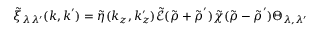
\tilde { \xi } _ { \lambda \lambda ^ { \prime } } ( \boldsymbol { k } , \boldsymbol { k } ^ { \prime } ) = \tilde { \eta } ( k _ { z } , k _ { z } ^ { \prime } ) \tilde { \mathcal { E } } ( \tilde { \boldsymbol { \rho } } + \tilde { \boldsymbol { \rho } } ^ { \prime } ) \tilde { \chi } ( \tilde { \boldsymbol { \rho } } - \tilde { \boldsymbol { \rho } } ^ { \prime } ) \Theta _ { \lambda , \lambda ^ { \prime } }